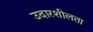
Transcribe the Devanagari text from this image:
उदारशीलता